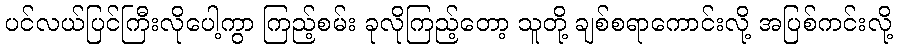
ပင်လယ်ပြင်ကြီးလိုပေါ့ကွာ ကြည့်စမ်း ခုလိုကြည့်တော့ သူတို့ ချစ်စရာကောင်းလို့ အပြစ်ကင်းလို့